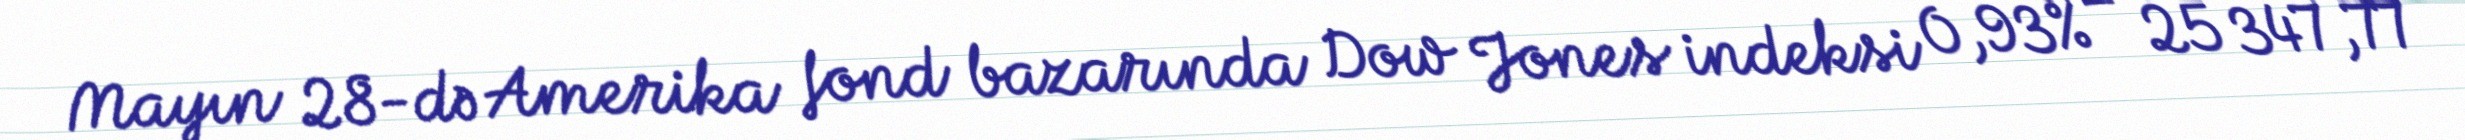
Mayın 28-də Amerika fond bazarında Dow Jones indeksi 0,93% – 25 347,77